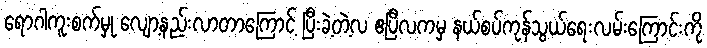
ရောဂါကူးစက်မှု လျော့နည်းလာတာကြောင့် ပြီးခဲ့တဲ့လ ဧပြီလကမှ နယ်စပ်ကုန်သွယ်ရေးလမ်းကြောင်းကို